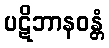
ပဋိဘာနဝန္တံ